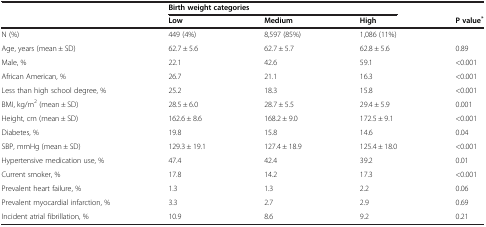
|  | <COLSPAN=3> Birth weight categories |  |
 |  | Low | Medium | High | P value* |
 | --- | --- | --- | --- | --- |
 | N (%) | 449 (4%) | 8,597 (85%) | 1,086 (11%) |  |
 | Age, years (mean ± SD) | 62.7 ± 5.6 | 62.7 ± 5.7 | 62.8 ± 5.6 | 0.89 |
 | Male, % | 22.1 | 42.6 | 59.1 | <0.001 |
 | African American, % | 26.7 | 21.1 | 16.3 | <0.001 |
 | Less than high school degree, % | 25.2 | 18.3 | 15.8 | <0.001 |
 | BMI, kg/m2 (mean ± SD) | 28.5 ± 6.0 | 28.7 ± 5.5 | 29.4 ± 5.9 | 0.001 |
 | Height, cm (mean ± SD) | 162.6 ± 8.6 | 168.2 ± 9.0 | 172.5 ± 9.1 | <0.001 |
 | Diabetes, % | 19.8 | 15.8 | 14.6 | 0.04 |
 | SBP, mmHg (mean ± SD) | 129.3 ± 19.1 | 127.4 ± 18.9 | 125.4 ± 18.0 | <0.001 |
 | Hypertensive medication use, % | 47.4 | 42.4 | 39.2 | 0.01 |
 | Current smoker, % | 17.8 | 14.2 | 17.3 | <0.001 |
 | Prevalent heart failure, % | 1.3 | 1.3 | 2.2 | 0.06 |
 | Prevalent myocardial infarction, % | 3.3 | 2.7 | 2.9 | 0.69 |
 | Incident atrial fibrillation, % | 10.9 | 8.6 | 9.2 | 0.21 |